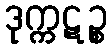
ဒုက္ကဋဉ္စ